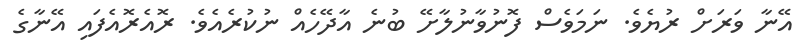
އޭނާ ވަރަށް ރުޔެވެ. ނަމަވެސް ފޮނުވާނުލާށޭ ބުނެ އާދޭހެއް ނުކުރެއެވެ. ރޮއެރޮއެފައި އޭނާގެ